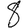
Digit: 8